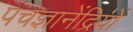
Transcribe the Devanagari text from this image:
पंचज्ञानेंद्रियों